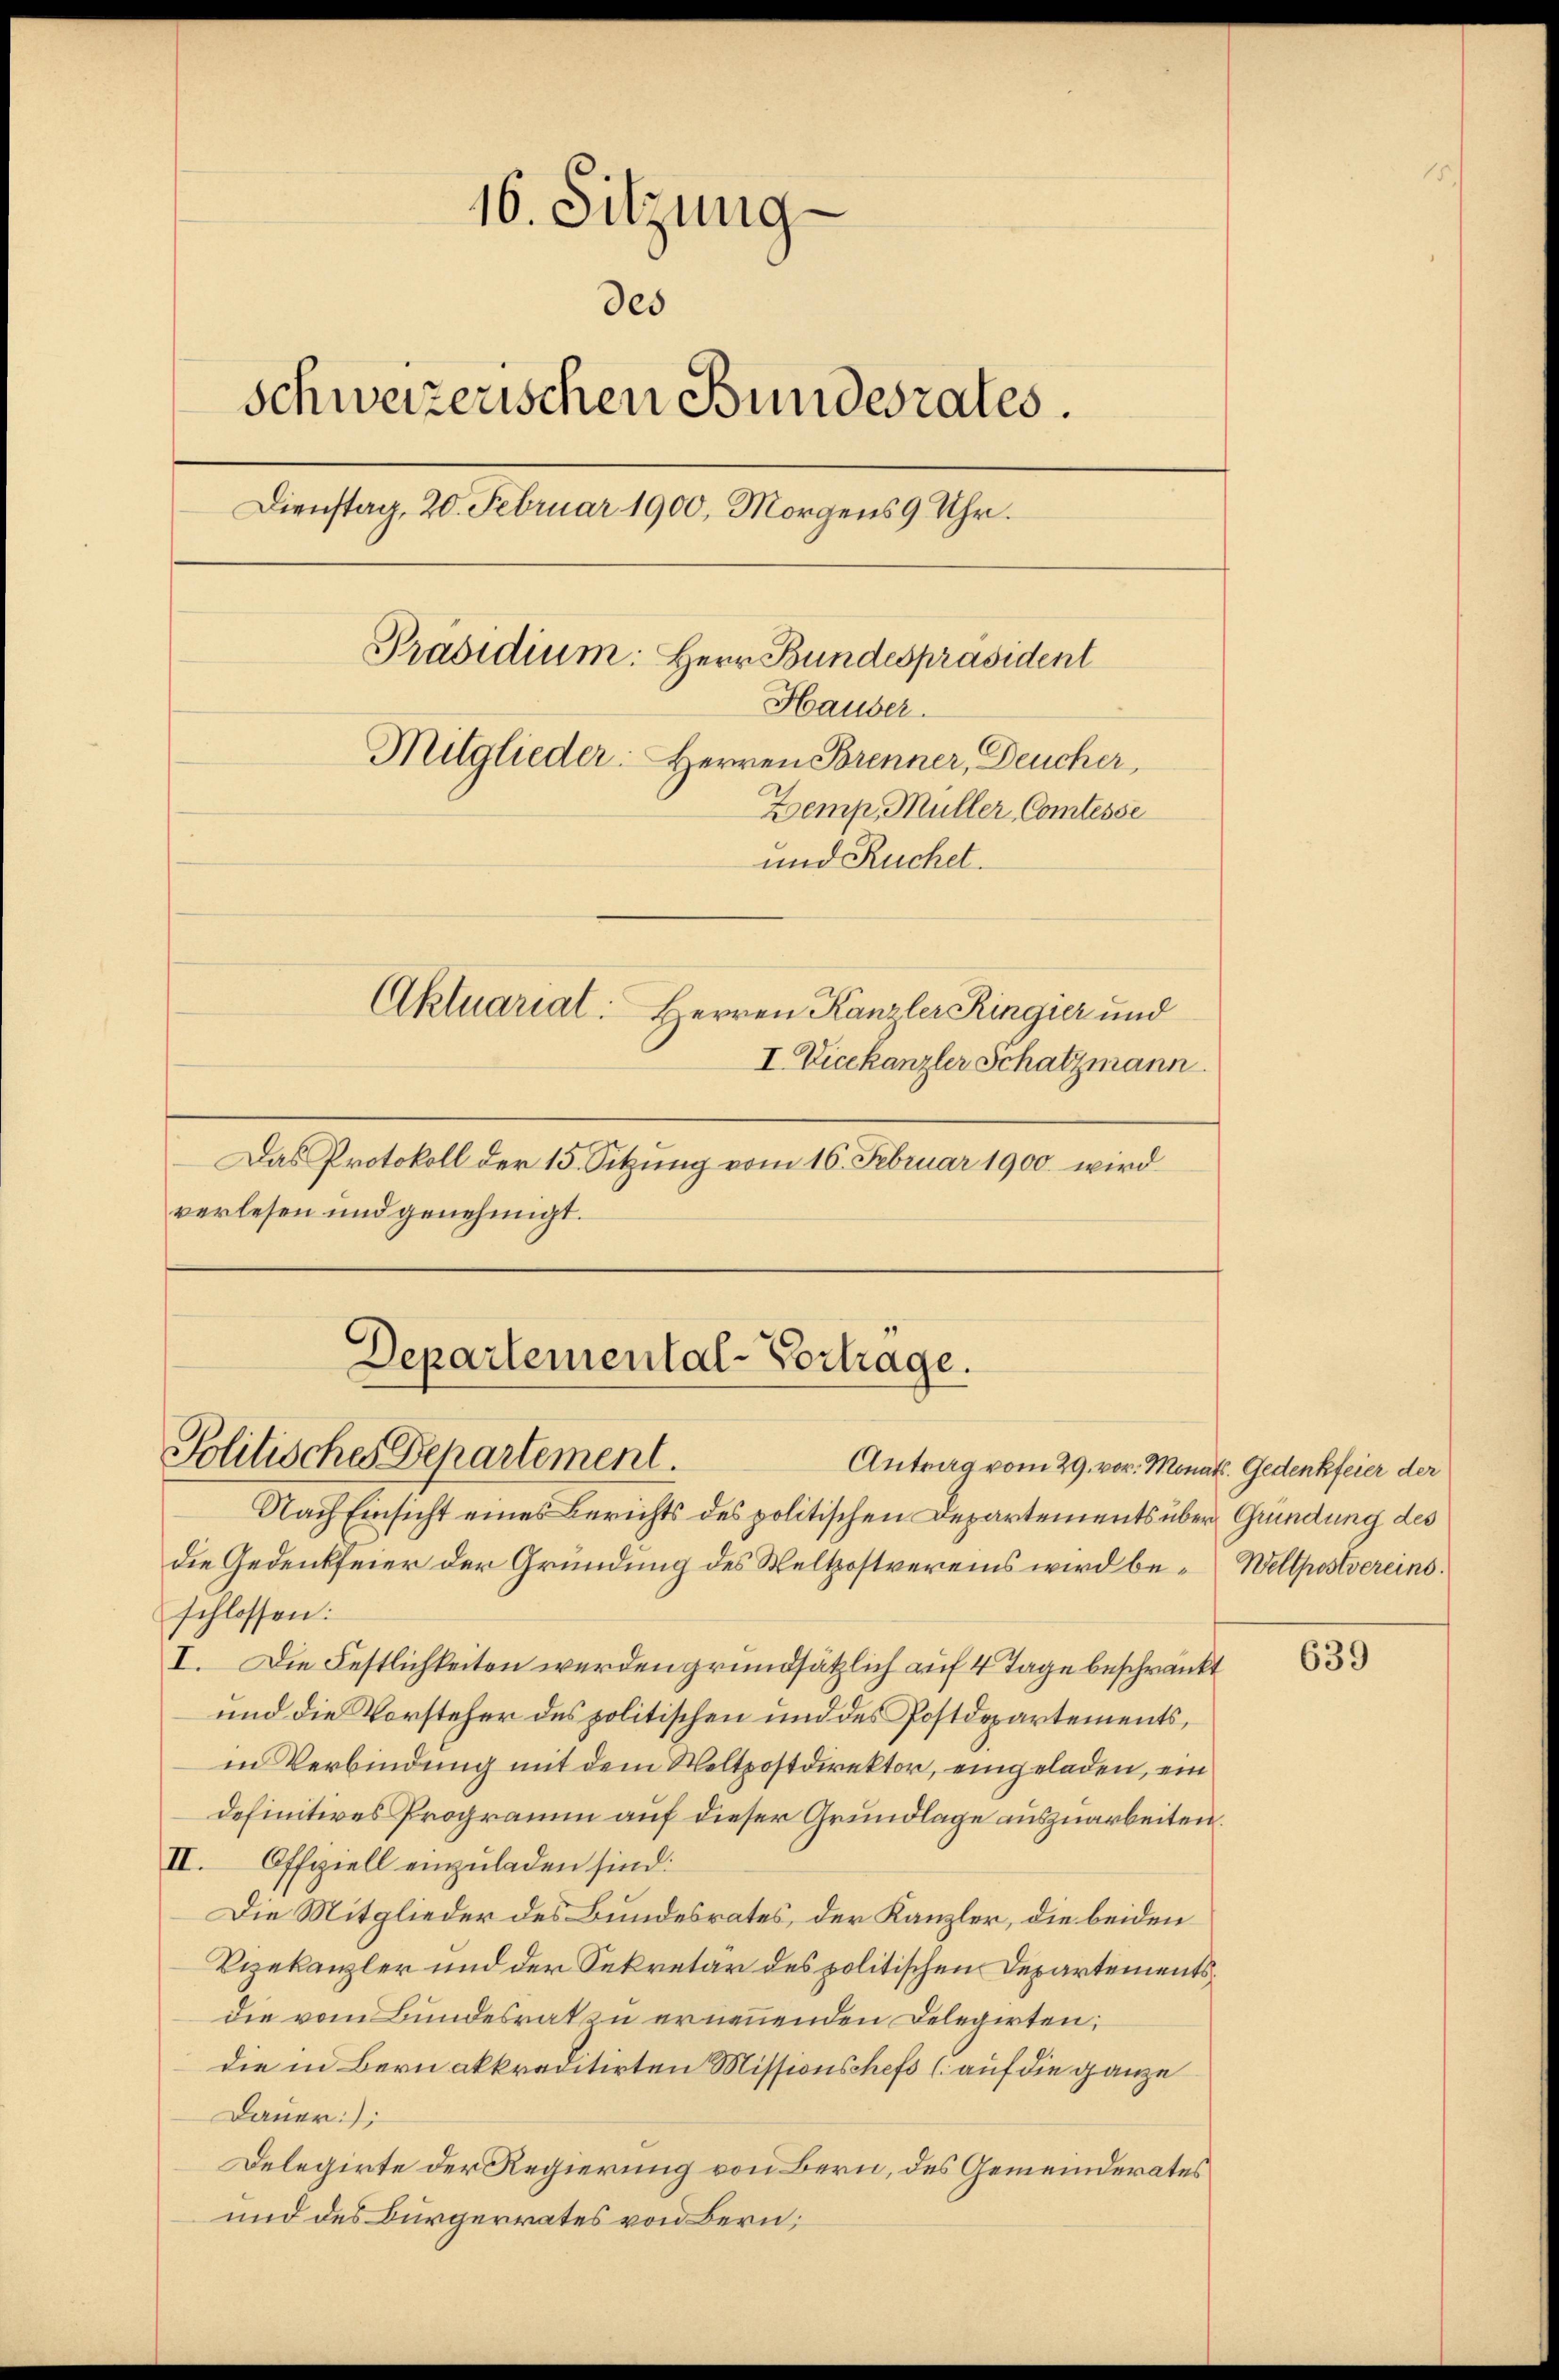
16. Sitzung
des
schweizerischen Bundesrates.
Dienstag, 20. Februar 1900, Morgens 9 Uhr.
Präsidium: Herr Bundespräsident
Hauser.
Mitglieder: Herren Brenner, Deucher,
Zoemp, Müller Comtesse
und Ruchet.
Aktuariat. Herren Kanzler Ringier und
I Vicekanzler Schatzmann.
Das Protokoll der 15. Sitzung vom 16. Februar 1900 wird

verlesen und genehmigt.

Departemental-Vortrage.
Politisches Departement.

Antrag vom 29. vor. Monat. Gedenkfeier der
Nach Einsicht eines Berichts des politischen Departements über Gründung des
die Gedenkfeier der Gründung des Weltostvereins wird be- Weltpostvereins.
schlossen:
I. Die Festlichkeiten werden grundsätzlich auf 4 Tage beschränkt
und die Vorsteher des politischen und des Postdepartements,
in Verbindung mit dem Weltpostdirektor, eingeladen, ein
definitives Programm auf dieser Grundlage auszuarbeiten.
II. Offziell einzuladen sind:
Die Mitglieder des Bundesrates, der Kanzler, die beiden
Vizekanzler und der Sekretär des politischen Departementsdie vom Bundesrat zu ernennenden Delegirten;
die in Bern akkreditirten Missionschefs (auf die ganze
Dauer:);
Delegirte der Regierung von Bern, des Gemeinderates
und des Bürgerrates von Bern;

639